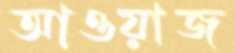
আওয়াজ